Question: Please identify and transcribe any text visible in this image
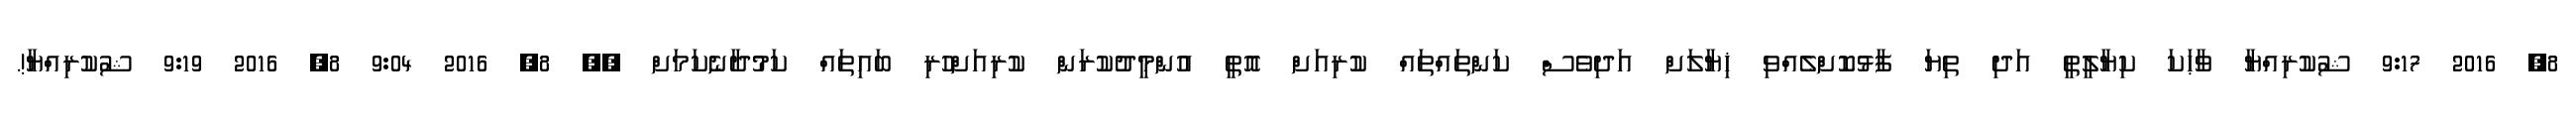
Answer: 8, 2016 9:17 ޝުކުރިއްޔާ ވާޙަކަ ކިޔާލީތީ އަދި ތިޔަ ފާޅުކޮށްލެއްވި ޚިޔާލަށް އަދިވެސް ކަންތައްތައް ކުރިއަށް އޮތީ އުންމީދުކުރަން ކުރިއަށްހުރި ބައިތައް ކަމުދާނެކަމަށް ?? 8, 2016 9:04 8, 2016 9:19 ޝުކުރިއްޔާ!.